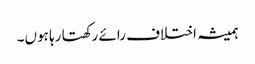
ہمیشہ اختلاف رائے رکھتا رہا ہوں۔